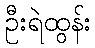
ဦးရဲထွန်း